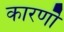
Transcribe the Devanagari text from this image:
कारणॊ